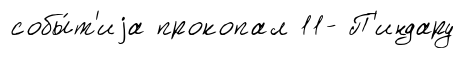
собы́т'иjа прокопал 11- П'индару